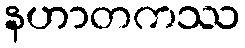
နဟာတကဿ